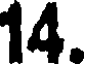
14.